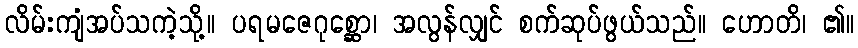
လိမ်းကျံအပ်သကဲ့သို့။ ပရမဇေဂုစ္ဆော၊ အလွန်လျှင် စက်ဆုပ်ဖွယ်သည်။ ဟောတိ၊ ၏။